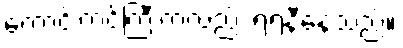
ကောင်းကင်ကြီးကလည်း ရဲရဲနီနေသည်။